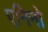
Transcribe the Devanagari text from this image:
एनिनो